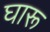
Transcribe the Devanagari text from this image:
घारू